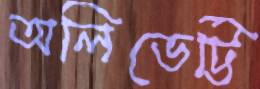
অলিভেট্টি